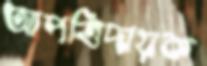
আপত্তিদায়ক